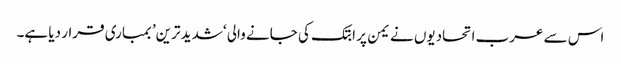
اس سے عرب اتحادیوں نے یمن پر ابتک کی جانے والی ‘شدید ترین’ بمباری قرار دیا ہے۔